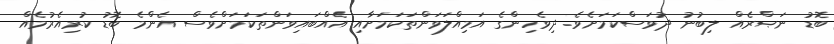
ބޮޑު ނަޞްރެއް ލިބުނު ދުވަސްކަމަށެވެ. ދިވެހިންގެ އަމިއްލަވަންތަކަމަށާއި އެއްބައިވަންތަކަމަށްވެސް އެންމެ ބޮޑު ކުރިއެރުމެއް